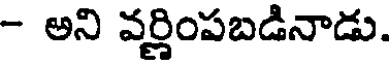
- అని వర్ణింపబడినాడు.